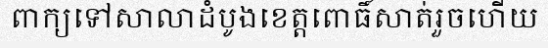
ពាក្យទៅសាលាដំបូងខេត្តពោធិ៍សាត់រួចហើយ